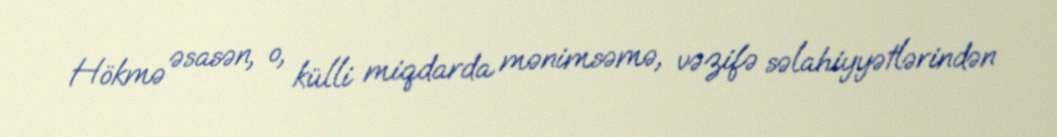
Hökmə əsasən, o, külli miqdarda mənimsəmə, vəzifə səlahiyyətlərindən